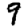
Digit: 9